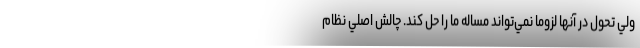
ولي تحول در آنها لزوما نمي‌تواند مساله ما را حل كند. چالش اصلي نظام